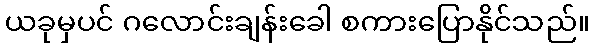
ယခုမှပင် ဂလောင်းချန်းခေါ စကားပြောနိုင်သည်။